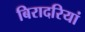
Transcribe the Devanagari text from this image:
बिरादरियां